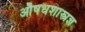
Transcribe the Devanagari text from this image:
औषधशास्त्रज्ञ